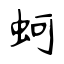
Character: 蚵